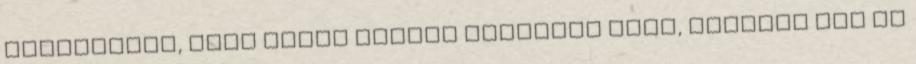
töltéseket, erre ismét szálas káposzta megy, füstölt hús és